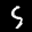
Label: 5